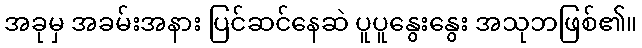
အခုမှ အခမ်းအနား ပြင်ဆင်နေဆဲ ပူပူနွေးနွေး အသုဘဖြစ်၏။